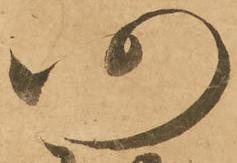
仍